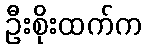
ဦးစိုးထက်က